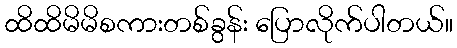
ထိထိမိမိစကားတစ်ခွန်း ပြောလိုက်ပါတယ်။